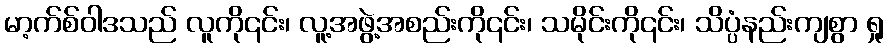
မာ့က်စ်ဝါဒသည် လူကို၎င်း၊ လူ့အဖွဲ့အစည်းကို၎င်း၊ သမိုင်းကို၎င်း၊ သိပ္ပံနည်းကျစွာ ရှု